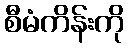
စီမံကိန်းကို